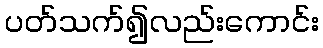
ပတ်သက်၍လည်းကောင်း